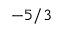
- 5 / 3